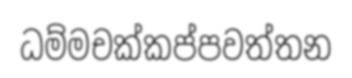
ධම්මචක්කප්පවත්තන